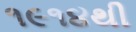
૧૯૧૪થી